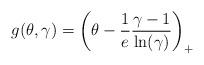
LaTeX: \begin{align*} g(\theta,\gamma) = \left(\theta - \frac{1}{e}\frac{\gamma-1}{\ln(\gamma)}\right)_+ \end{align*}